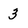
Character: 3